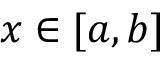
x \in [ a , b ]